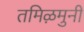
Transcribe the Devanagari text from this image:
तमिऴमुनी